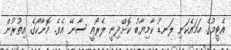
އެޓީމުގެ ހަމައެކަނި ލަނޑު ކާމިޔާބު ކޮށްދިނީ ލެރޯއީ ސާނޭ އެވެ. މޮނާކޯގެ އިތުރުން